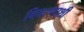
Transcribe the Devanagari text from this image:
विवरणाशी